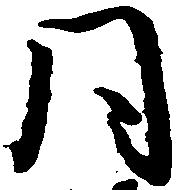
同